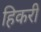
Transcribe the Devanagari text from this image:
हिकरी